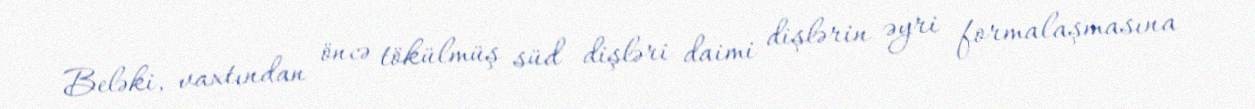
Beləki, vaxtından öncə tökülmüş süd dişləri daimi dişlərin əyri formalaşmasına